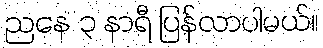
ညနေ ၃ နာရီ ပြန်လာပါမယ်။